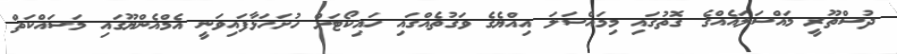
ދުސްތޫރީ މައްސަލައެއްގެ ގޮތުގައި މިމައްސަލަ އިއްޔެގެ ވަގުތެއްގައި ހައިކޯޓަށް ހުށަހަޅާފައިވަނީ އެމްއެންޔޫގައި މަސައްކަތް